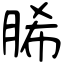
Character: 脪